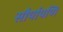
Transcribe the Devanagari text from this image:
सौर्यायणि